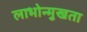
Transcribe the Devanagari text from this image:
लाभोन्मुखता